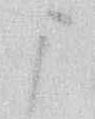
ま